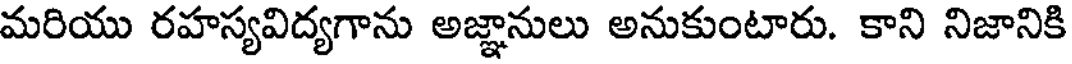
మరియు రహస్యవిద్యగాను అజ్ఞానులు అనుకుంటారు. కాని నిజానికి